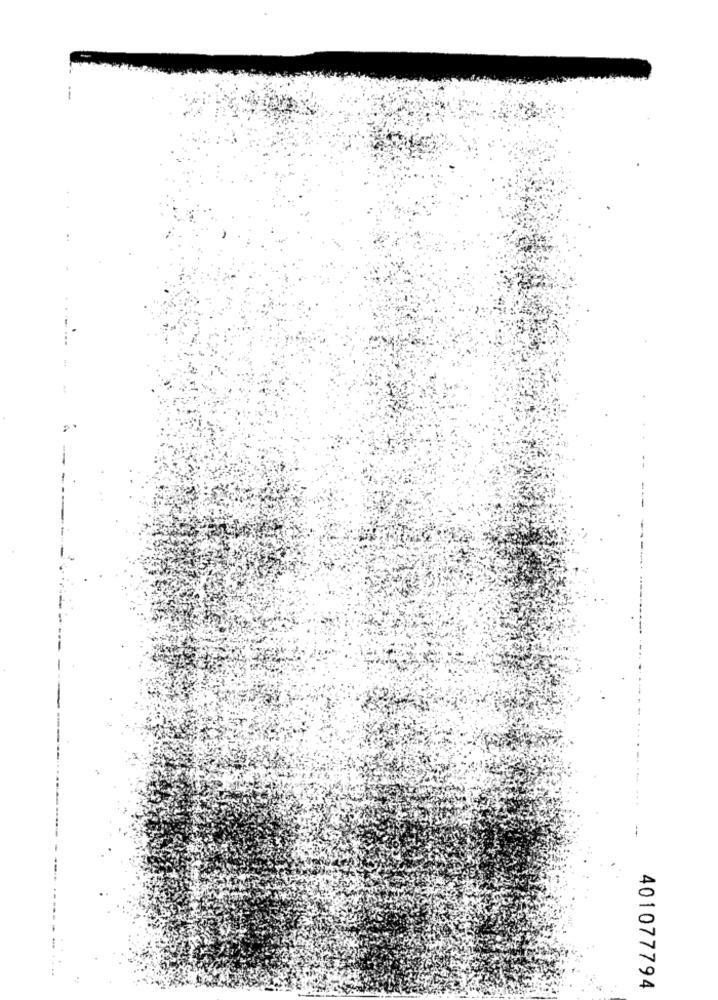
........ ...
-
. ..
401077794